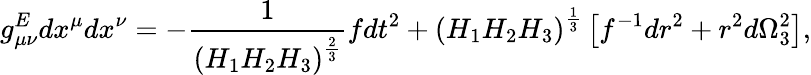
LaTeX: g_{\mu\nu}^{E}dx^{\mu}dx^{\nu}=-{\frac{1}{\left(H_{1}H_{2}H_{3}\right)^{\frac{2}{3}}}}fdt^{2}+\left(H_{1}H_{2}H_{3}\right)^{\frac{1}{3}}\left[f^{-1}dr^{2}+r^{2}d\Omega_{3}^{2}\right],